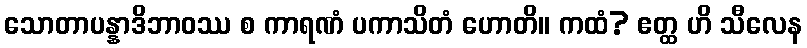
သောတာပန္နာဒိဘာဝဿ စ ကာရဏံ ပကာသိတံ ဟောတိ။ ကထံ? ဧတ္ထ ဟိ သီလေန